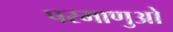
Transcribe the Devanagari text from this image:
परमाणुओ